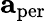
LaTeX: \mathbf{a}_{\mathrm{per}}